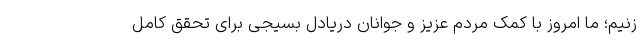
زنیم؛ ما امروز با کمک مردم عزیز و جوانان دریادل بسیجی برای تحقق کامل